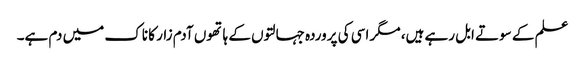
علم کے سوتے ابل رہے ہیں، مگر اسی کی پروردہ جہالتوں کے ہاتھوں آدم زار کا ناک میں دم ہے۔